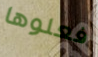
فعلوها